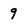
Character: 9